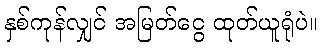
နှစ်ကုန်လျှင် အမြတ်ငွေ ထုတ်ယူရုံပဲ။